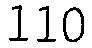
110